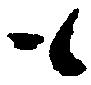
も